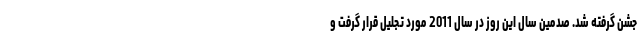
جشن گرفته شد. صدمین سال این روز در سال 2011 مورد تجلیل قرار گرفت و